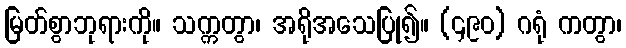
မြတ်စွာဘုရားကို။ သက္ကတွာ၊ အရိုအသေပြု၍။ (၄၉၀) ဂရုံ ကတွာ၊